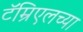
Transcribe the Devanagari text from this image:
टॅम्रिएलच्या